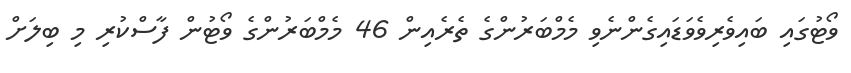
ވޯޓުގައި ބައިވެރިވެވަޑައިގެންނެވި މެމްބަރުންގެ ތެރެއިން 46 މެމްބަރުންގެ ވޯޓުން ފާސްކުރި މި ބިލަށް